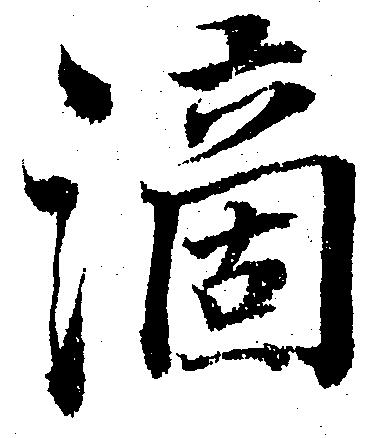
滴